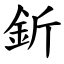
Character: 釿